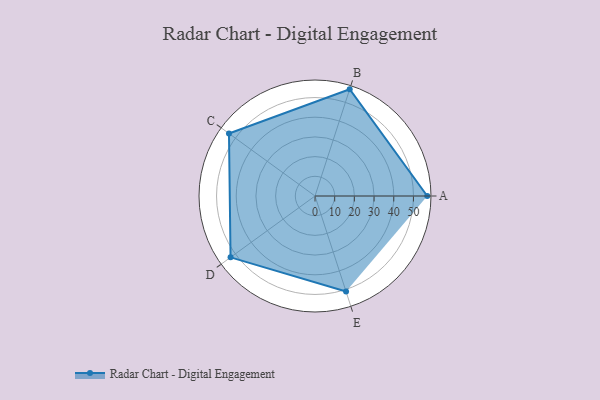
{"axis": {"x": "Skill", "y": "Score"}, "legend": ["Profile"], "data": [{"x": "A", "y": 57.0, "type": "Profile"}, {"x": "B", "y": 57.0, "type": "Profile"}, {"x": "C", "y": 54.0, "type": "Profile"}, {"x": "D", "y": 53.0, "type": "Profile"}, {"x": "E", "y": 51.0, "type": "Profile"}]}